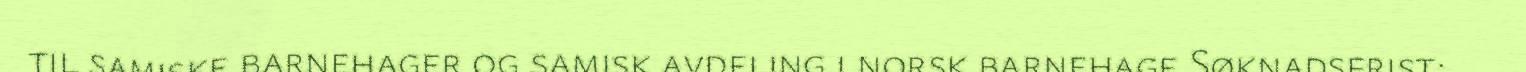
til samiske barnehager og samisk avdeling i norsk barnehage Søknadsfrist: